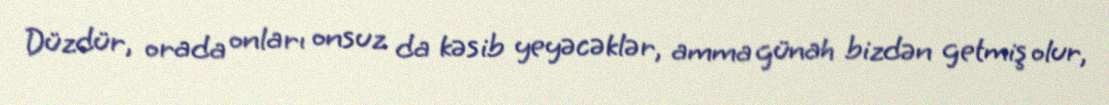
Düzdür, orada onları onsuz da kəsib yeyəcəklər, amma günah bizdən getmiş olur,